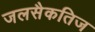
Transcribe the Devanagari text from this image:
जलसैकतिज